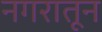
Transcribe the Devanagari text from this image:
नगरातून